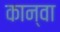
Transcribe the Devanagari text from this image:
कान्वा